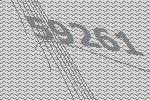
59261